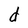
Character: d